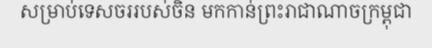
សម្រាប់ទេសចររបស់ចិន មកកាន់ព្រះរាជាណាចក្រម្ពុជា